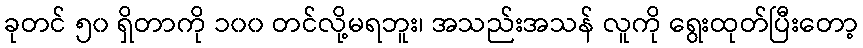
ခုတင် ၅၀ ရှိတာကို ၁၀၀ တင်လို့မရဘူး၊ အသည်းအသန် လူကို ရွေးထုတ်ပြီးတော့